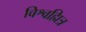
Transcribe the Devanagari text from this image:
विश्वह्मित्र